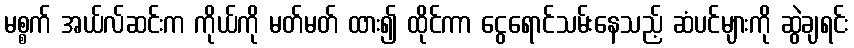
မစ္စက် အယ်လ်ဆင်းက ကိုယ်ကို မတ်မတ် ထား၍ ထိုင်ကာ ငွေရောင်သမ်းနေသည့် ဆံပင်များကို ဆွဲချရင်း